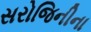
સરોજિનીના